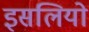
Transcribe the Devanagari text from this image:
इसलियो